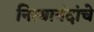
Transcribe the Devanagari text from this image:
नित्यानंदांचे